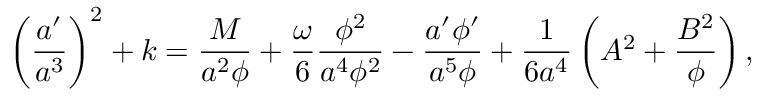
\left( { \frac { a ^ { \prime } } { a ^ { 3 } } } \right) ^ { 2 } + k = { \frac { M } { a ^ { 2 } \phi } } + { \frac { \omega } { 6 } } { \frac { \phi ^ { 2 } } { a ^ { 4 } \phi ^ { 2 } } } - { \frac { a ^ { \prime } \phi ^ { \prime } } { a ^ { 5 } \phi } } + { \frac { 1 } { 6 a ^ { 4 } } } \left( A ^ { 2 } + { \frac { B ^ { 2 } } { \phi } } \right) ,